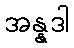
အန္နဒါ